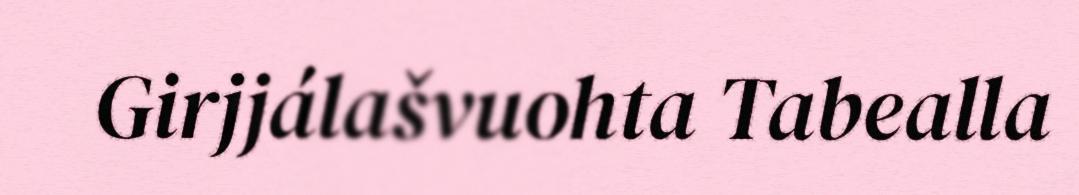
Girjjálašvuohta Tabealla